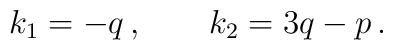
k_1 = - q \,, \qquad k_2 = 3q - p \,.